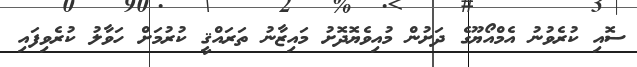
ސޮއި ކުރެވުނު އެމްއޯޔޫގެ ދަށުން މުއިވެޔޮދޮށު މައިޒާނު ތަރައްޤީ ކުރުމަށް ހަވާލު ކުރެވިފައި